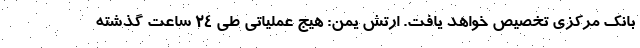
بانک مرکزی تخصیص خواهد یافت. ارتش یمن: هیج عملیاتی طی ۲۴ ساعت گذشته